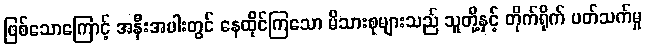
ဖြစ်သောကြောင့် အနီးအပါးတွင် နေထိုင်ကြသော မိသားစုများသည် သူတို့နှင့် တိုက်ရိုက် ပတ်သက်မှု